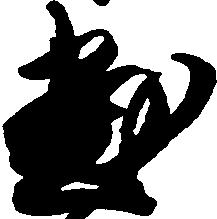
尽